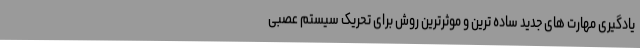
یادگیری مهارت های جدید ساده ترین و موثرترین روش برای تحریک سیستم عصبی